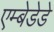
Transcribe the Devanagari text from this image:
एम्बेडेडे